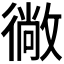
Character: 𭜂